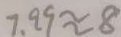
7 . 9 9 \approx 8